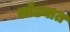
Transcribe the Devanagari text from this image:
लोंढ्यात